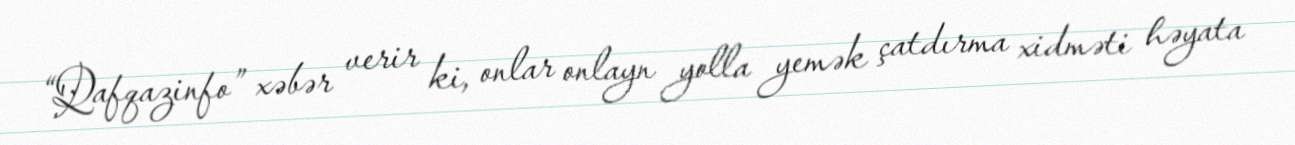
“Qafqazinfo” xəbər verir ki, onlar onlayn yolla yemək çatdırma xidməti həyata